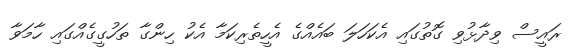
ރައީސް ވިދާޅުވި ގޮތުގައި އެކަހަލަ ބައެއްގެ އެހީތެރިކަމާ އެކު ހިންގާ ތަހުގީގެއްގައި ހާމަވާ